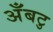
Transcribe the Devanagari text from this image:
अँबटु